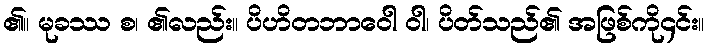
၏။ မုခဿ စ၊ ၏လည်း။ ပိဟိတဘာဝေါ ဝါ၊ ပိတ်သည်၏ အဖြစ်ကို၄င်း။